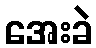
အေးခဲ